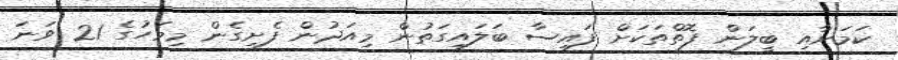
ކަމަށާއި ބީލަން ފޮތްތަކަށް ފައިސާ ބަލައިގަތުން މިއަދުން ފެށިގެން މިމަހުގެ 21 ވަނަ